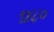
૧૪૮૦